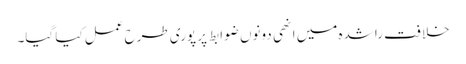
خلافت راشدہ میں انھی دونوں ضوابط پر پوری طرح عمل کیا گیا۔